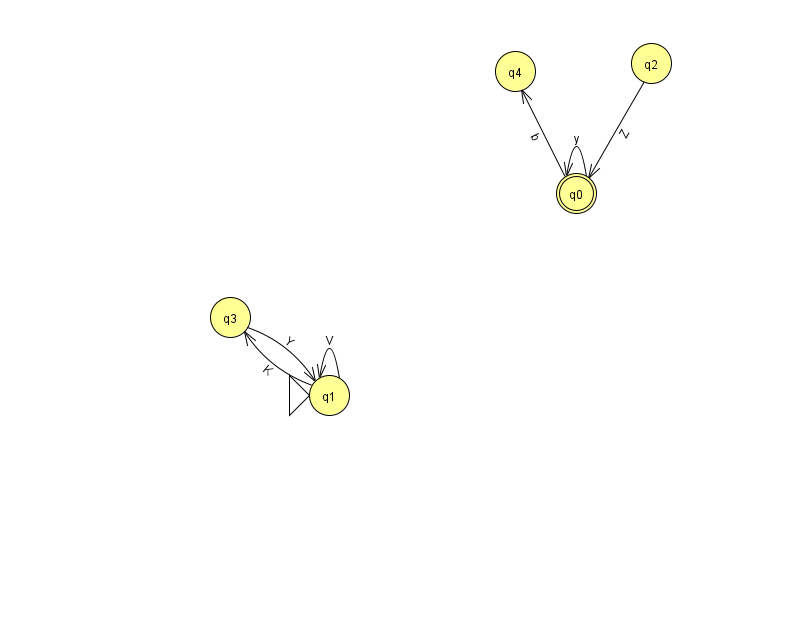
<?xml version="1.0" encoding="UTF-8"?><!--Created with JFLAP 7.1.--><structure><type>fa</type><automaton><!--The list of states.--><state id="0" name="q0"><x>576.0</x><y>180.0</y><final/></state><state id="1" name="q1"><x>329.0</x><y>382.0</y><initial/></state><state id="2" name="q2"><x>651.0</x><y>50.0</y></state><state id="3" name="q3"><x>230.0</x><y>304.0</y></state><state id="4" name="q4"><x>515.0</x><y>58.0</y></state><!--The list of transitions.--><transition><from>2</from><to>0</to><read>Z</read></transition><transition><from>1</from><to>1</to><read>V</read></transition><transition><from>3</from><to>1</to><read>Y</read></transition><transition><from>0</from><to>0</to><read>y</read></transition><transition><from>1</from><to>3</to><read>K</read></transition><transition><from>0</from><to>4</to><read>b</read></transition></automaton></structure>